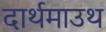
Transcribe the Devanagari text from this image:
दार्थमाउथ